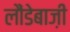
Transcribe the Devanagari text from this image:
लौंडेबाज़ी